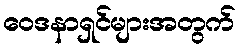
ဝေဒနာရှင်များအတွက်